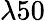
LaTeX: \lambda 50